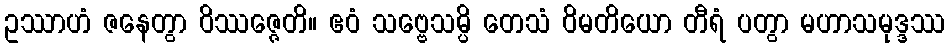
ဥဿာဟံ ဇနေတွာ ဝိဿဇ္ဇေတိ။ ဧဝံ သဗ္ဗေသမ္ပိ တေသံ ဝိမတိယော တီရံ ပတွာ မဟာသမုဒ္ဒဿ